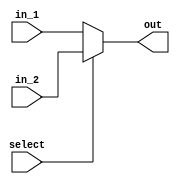
`timescale 1ns / 1ps
/*Assignment No. 7
  Semester 5
  Group No. 13
  Members : 
  		Arpit Jain (16CS10007)
		Eeshan Gupta (16CS30009)
*/
module Mux(
		in_1,
		in_2,
		out,
		select
    );
parameter N=32;

	input [N-1:0] in_1;
	input [N-1:0] in_2;
	output reg[N-1:0] out;
	input select;

	always@(*)
	begin
		if(select)
			out <= in_2;
		else
			out <= in_1;
	end
endmodule


module Mux_4x1(
		in_1,
		in_2,
		in_3,
		in_4,
		out,
		select
    );
parameter N=32;

	input [N-1:0] in_1;
	input [N-1:0] in_2;
	input [N-1:0] in_3;
	input [N-1:0] in_4;
	output reg[N-1:0] out;
	input [1:0] select;

	always@(*)
	begin
		if(select == 2'b11)
			out <= in_4;
		else if(select == 2'b10)
			out <= in_3;
		else if(select == 2'b01)
			out <= in_2; 
		else
			out <= in_1;
	end
endmodule


module Mux_8x1(
		in_1,
		in_2,
		in_3,
		in_4,
		in_5,
		in_6,
		in_7,
		in_8,
		out,
		select
    );
parameter N=32;

	input [N-1:0] in_1;
	input [N-1:0] in_2;
	input [N-1:0] in_3;
	input [N-1:0] in_4;
	input [N-1:0] in_5;
	input [N-1:0] in_6;
	input [N-1:0] in_7;
	input [N-1:0] in_8;
	output reg[N-1:0] out;
	input [2:0] select;

	always@(*)
	begin
		if(select == 3'b111)
			out <= in_8;
		else if(select == 3'b110)
			out <= in_7;
		else if(select == 3'b101)
			out <= in_6;
		else if(select == 3'b100)
			out <= in_5;
		else if(select == 3'b11)
			out <= in_4;
		else if(select == 3'b10)
			out <= in_3;
		else if(select == 3'b01)
			out <= in_2; 
		else
			out <= in_1;
	end
endmodule